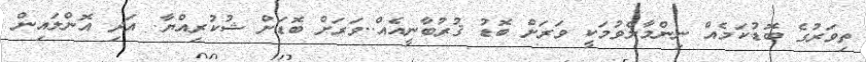
ތިވަރުގެ ބޮޑުކަމެއް ނިންމާލެވުމަކީ ވަރަށް ބޮޑު ޤުރުބާނީއެއް..ވަަރަށް ބޮޑަށް ޝުކުރިއްޔާ. އަދި އޮންލައިން